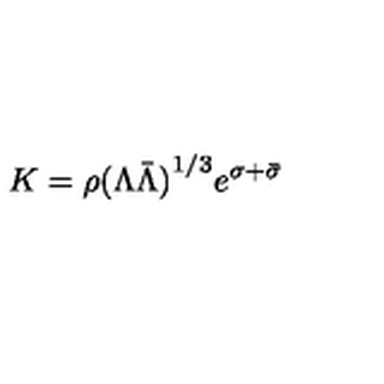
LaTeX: K = \rho { ( \Lambda \bar { \Lambda } ) } ^ { 1 / 3 } e ^ { \sigma + \bar { \sigma } }